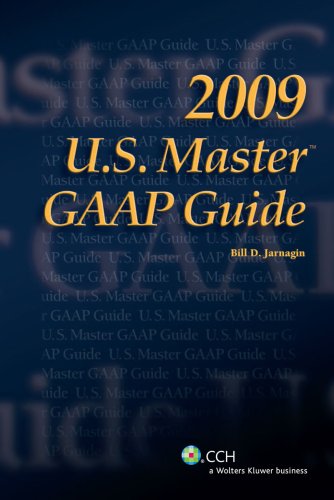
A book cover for U.S. Master GAAP Guide (2009); Bill D. Jarnagin; Business & Money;